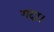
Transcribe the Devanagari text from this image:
गदा।